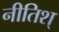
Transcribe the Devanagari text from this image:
नीतिश्